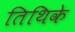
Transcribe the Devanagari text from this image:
तिथिके